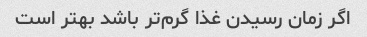
اگر زمان رسیدن غذا گرم‌تر باشد بهتر است